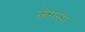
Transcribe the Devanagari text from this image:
कॅसल्स